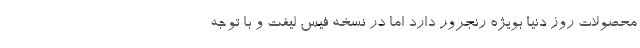
محصولات روز دنیا بویژه رنجرور دارد اما در نسخه فیس لیفت و با توجه